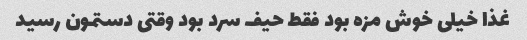
غذا خیلی خوش مزه بود فقط حیف سرد بود وقتی دستمون رسید